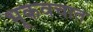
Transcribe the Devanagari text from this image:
भूकवचात